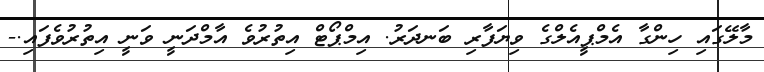
މާލޭގައި ހިންގާ އެމްޕީއެލްގެ ވިޔަފާރި ބަނދަރު. އިމްޕޯޓް އިތުރުވެ އާމްދަނީ ވަނީ އިތުރުވެފައި.-